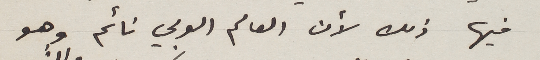
فيها ذلك لأن العالم العربي نائم وهو